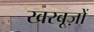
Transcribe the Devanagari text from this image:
खरबूज़ों